65_HS1-834228961_62-HQ-83894_Section_7
Agency: FBI
Page 93
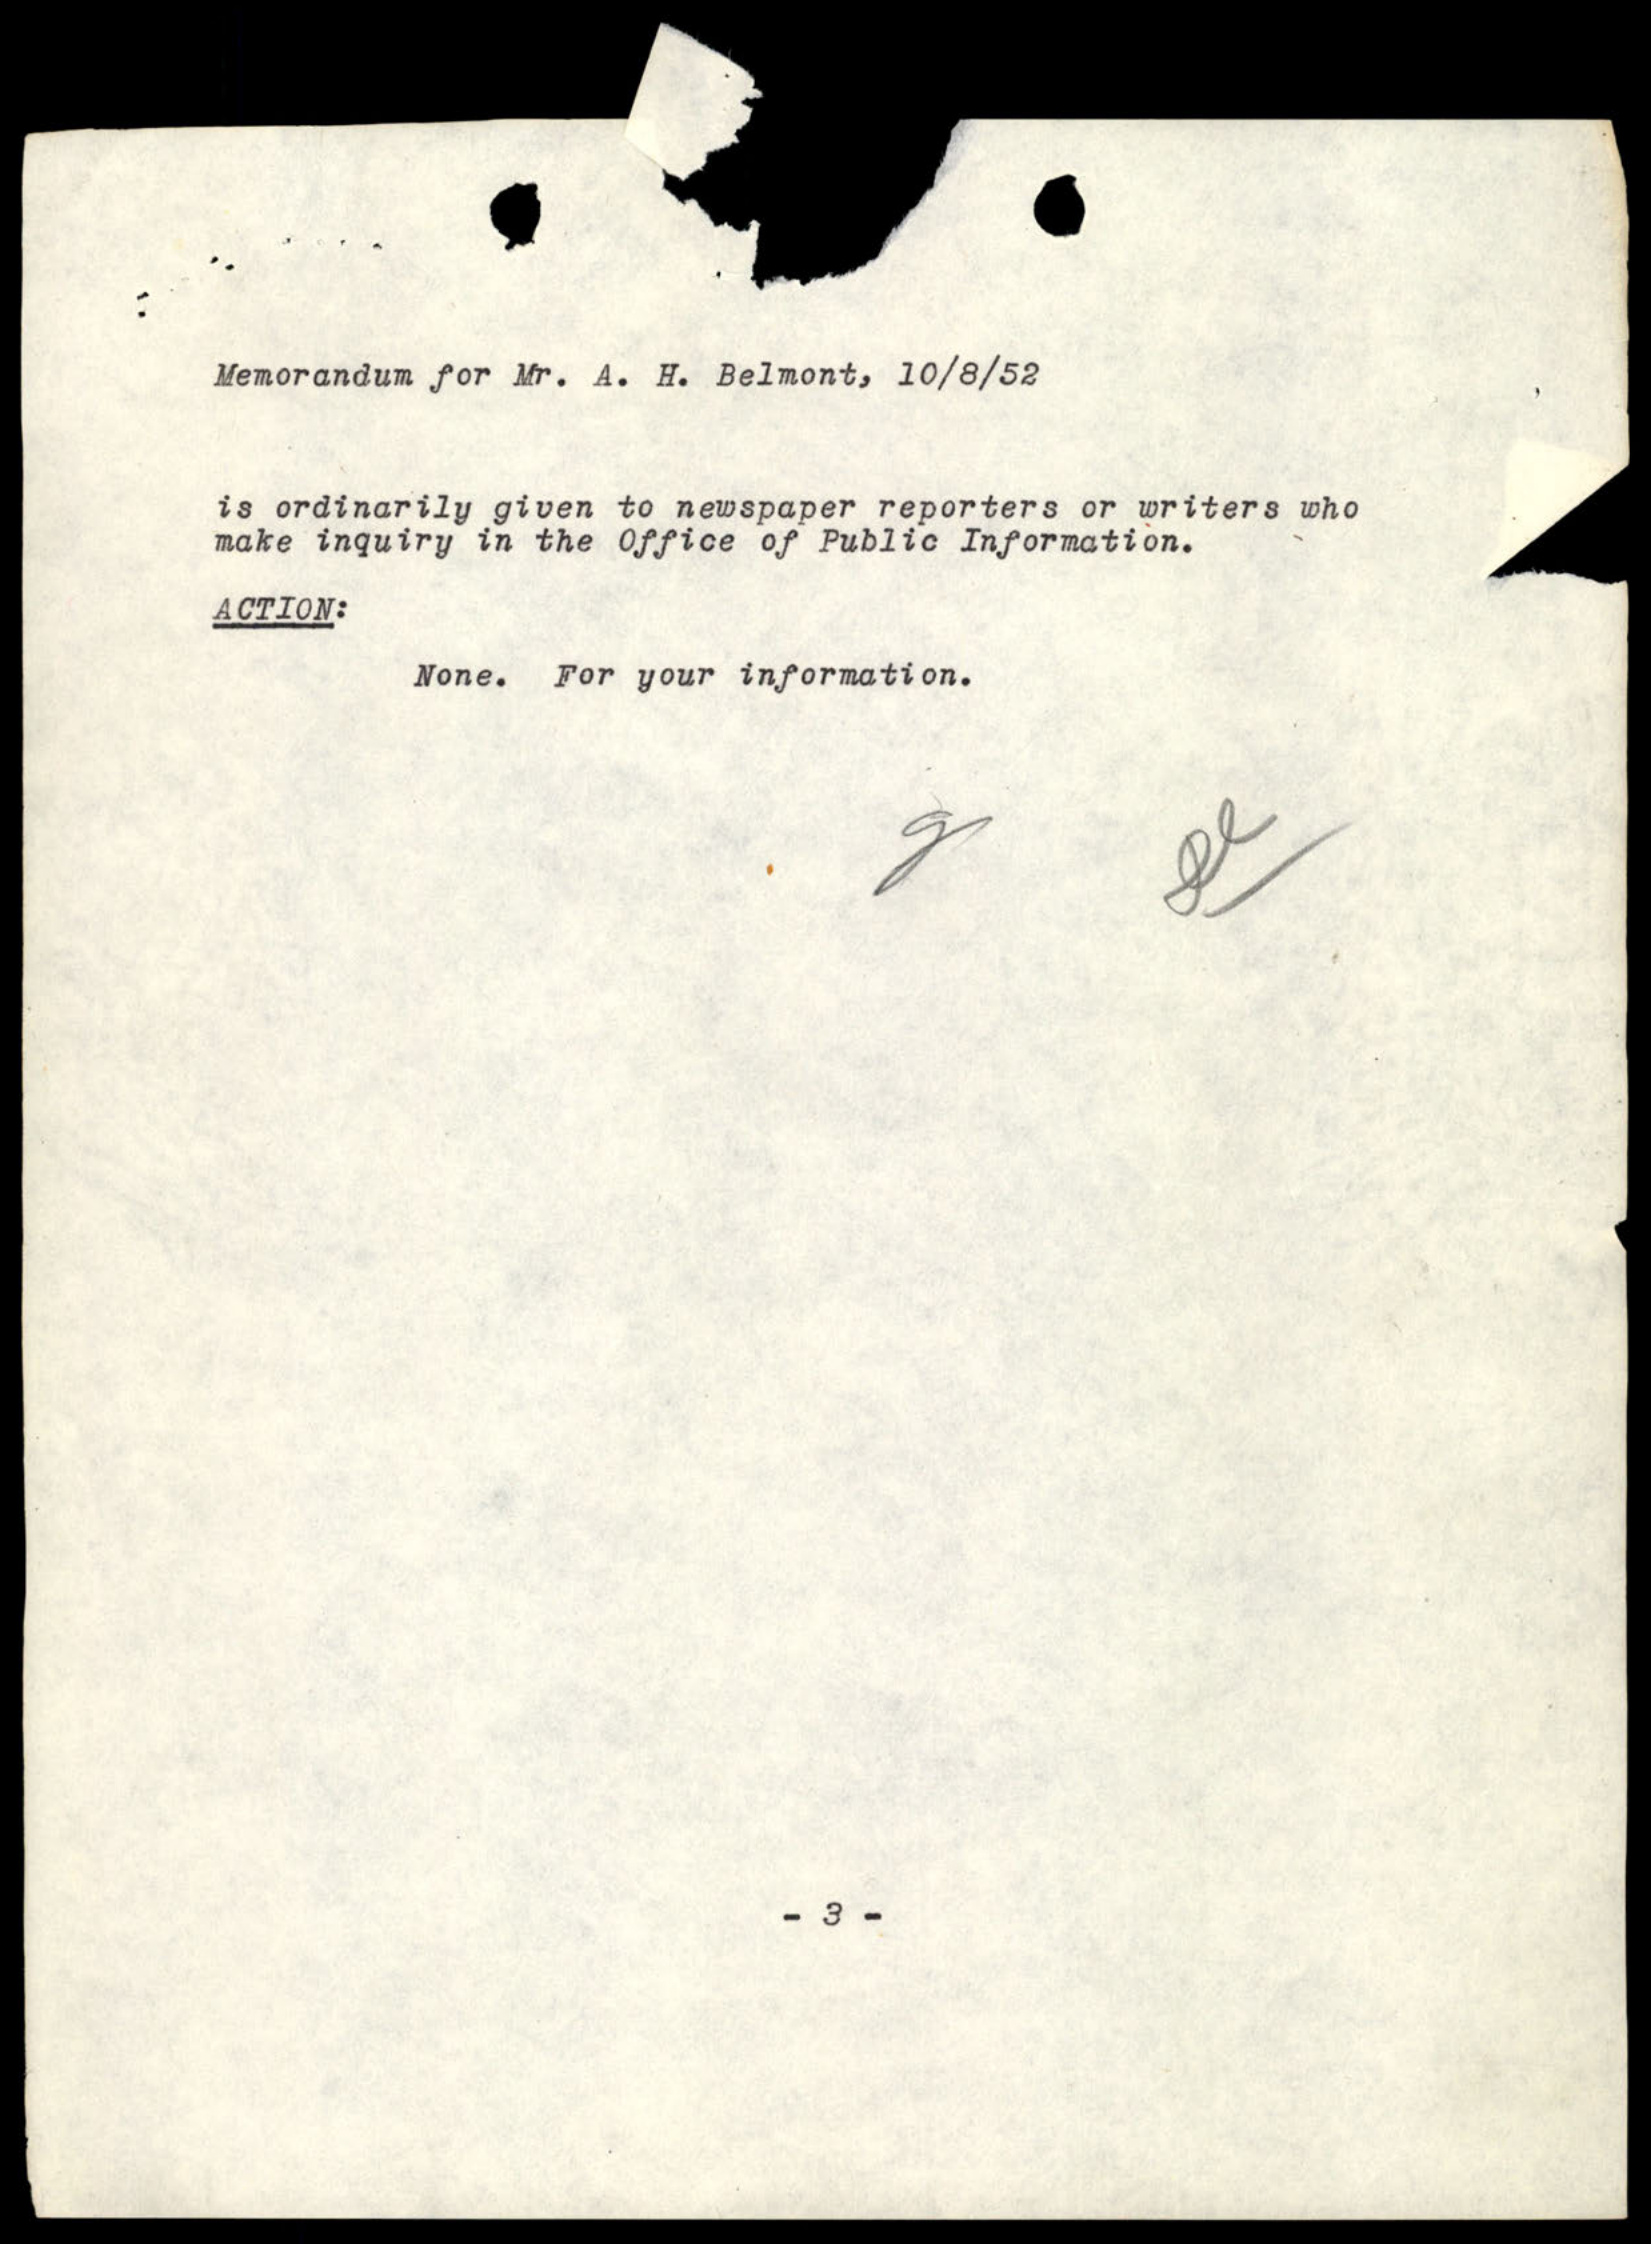